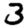
Digit: 3